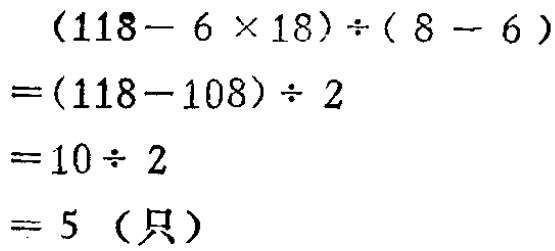
\((118 - 6\times18)\div(8 - 6)\)

\(=(118 - 108)\div2\)

\(=10\div2\)

\(= 5\)（只）